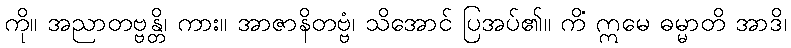
ကို။ အညာတဗ္ဗန္တိ၊ ကား။ အာဇာနိတဗ္ဗံ၊ သိအောင် ပြအပ်၏။ ကိံ ဣမေ ဓမ္မာတိ အာဒိ၊